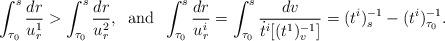
LaTeX: \begin{align*} \int_{\tau_0}^s \frac{dr}{u_r^1} > \int_{\tau_0}^s \frac{dr}{u_r^2}, \;\; \hbox{and} \;\; \int_{\tau_0}^s \frac{dr}{u_r^i}= \int_{\tau_0}^s \frac{dv}{\dot{t}^i[(t^1)^{-1}_v]}=(t^i)^{-1}_s - (t^i)^{-1}_{\tau_0}. \end{align*}